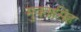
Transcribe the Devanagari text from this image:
मुक्तासिंह